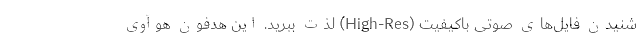
شنیدن فایل‌های صوتی باکیفیت (High-Res) لذت ببرید. این هدفون هوآوی